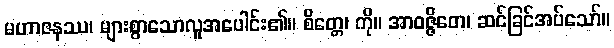
မဟာဇနဿ၊ များစွာသောလူအပေါင်း၏။ စိတ္တေ၊ ကို။ အာဝဇ္ဇိတေ၊ ဆင်ခြင်အပ်သော်။